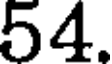
54.